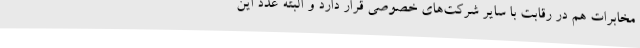
مخابرات هم در رقابت با سایر شرکت‌های خصوصی قرار دارد و البته عدد این